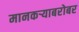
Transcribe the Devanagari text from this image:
मानकऱ्याबरोबर